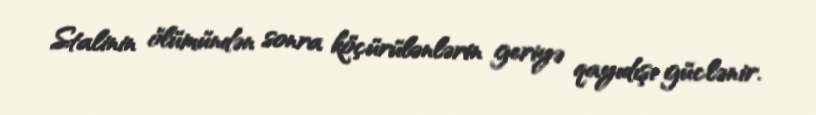
Stalinin ölümündən sonra köçürülənlərin geriyə qayıdışı güclənir.